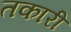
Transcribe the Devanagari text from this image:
तकारी